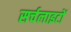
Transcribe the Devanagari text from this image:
सर्चलाइटों